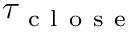
\tau _ { \mathrm { ~ c ~ l ~ o ~ s ~ e ~ } }